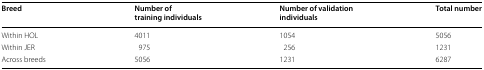
| Breed | Number of training individuals | Number of validation individuals | Total number |
 | --- | --- | --- | --- |
 | Within HOL | 4011 | 1054 | 5056 |
 | Within JER | 975 | 256 | 1231 |
 | Across breeds | 5056 | 1231 | 6287 |